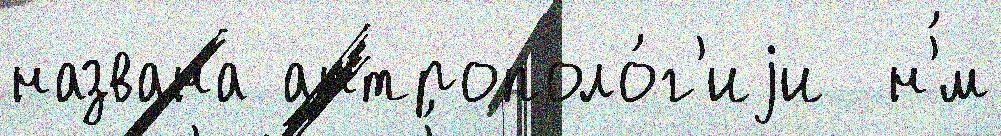
названа антрополо́г'иjи  н'́м